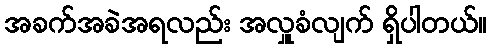
အခက်အခဲအရလည်း အလှူခံလျက် ရှိပါတယ်။